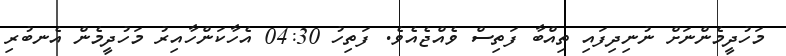
މަހުދީމެންނަށް ނުނިދިފައި ތިއްބާ ފަތިސް ވެއްޖެއެވެ. ފަތިހު 04:30 އެހާކަންހާއިރު މަހުދީމެން އެނބުރި